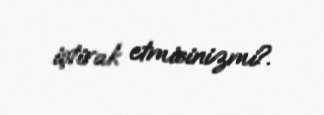
iştirak etmisinizmi?.